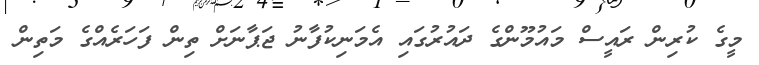
މީގެ ކުރިން ރައީސް މައުމޫންގެ ދައުރުގައި އެމަނިކުފާނު ޖަޕާނަށް ތިން ފަހަރެއްގެ މަތިން